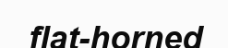
flat-horned